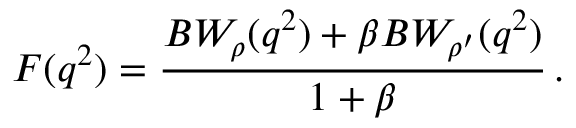
F ( q ^ { 2 } ) = \frac { B W _ { \rho } ( q ^ { 2 } ) + \beta B W _ { \rho ^ { \prime } } ( q ^ { 2 } ) } { 1 + \beta } \, .